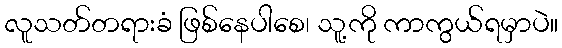
လူသတ်တရားခံ ဖြစ်နေပါစေ၊ သူ့ကို ကာကွယ်ရမှာပဲ။